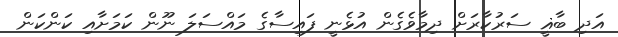
އަދި ބާޣީ ސަރުކާރަށް ދިމާވެގެން އުޅެނީ ފައިސާގެ މައްސަލަ ނޫން ކަމަށާއި ކަންކަން